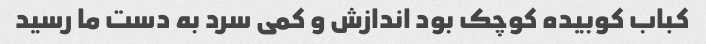
کباب کوبیده کوچک بود اندازش و کمی سرد به دست ما رسید